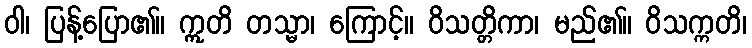
ဝါ၊ ပြန့်ပြော၏။ ဣတိ တသ္မာ၊ ကြောင့်။ ဝိသတ္တိကာ၊ မည်၏။ ဝိသက္ကတိ၊